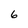
Character: 6